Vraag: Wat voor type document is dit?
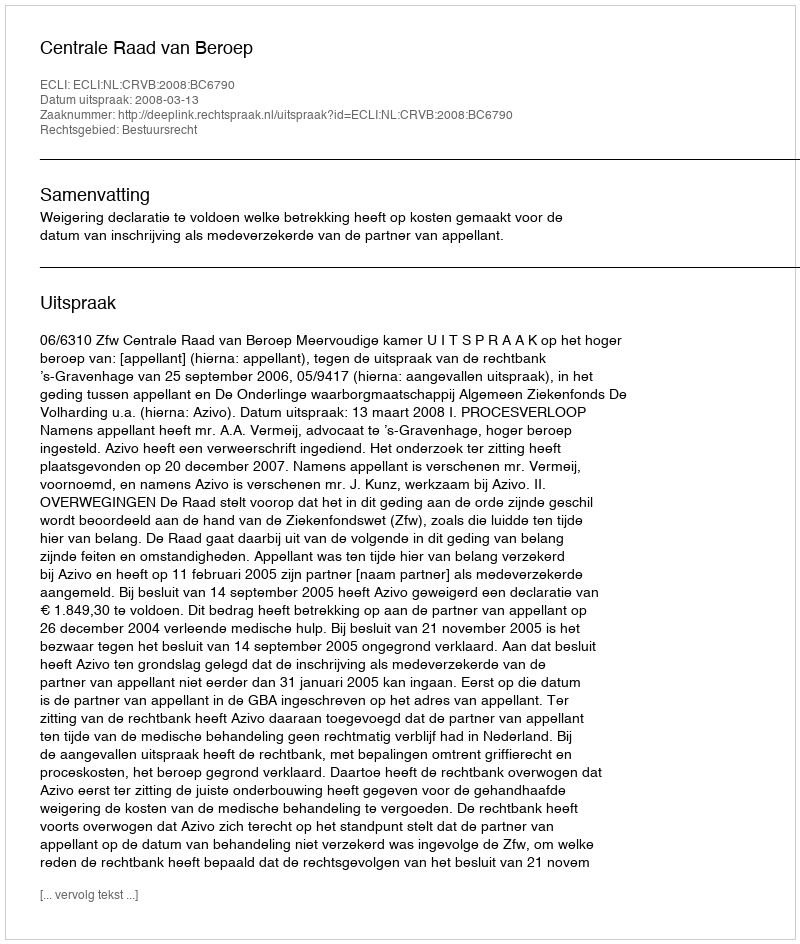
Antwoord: Uitspraak